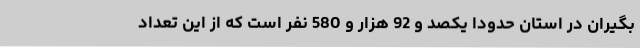
بگیران در استان حدودا یکصد و 92 هزار و 580 نفر است که از این تعداد